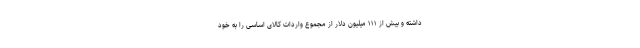
داشته و بیش از ۱۱۱ میلیون دلار از مجموع واردات کالای اساسی را به خود